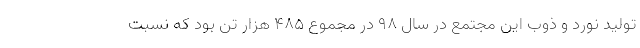
تولید نورد و ذوب این مجتمع در سال 98 در مجموع 485 هزار تن بود که نسبت